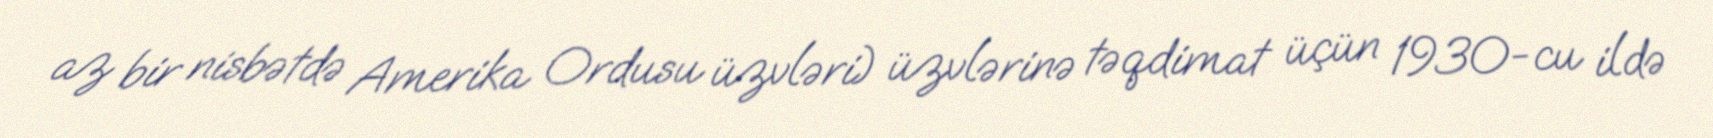
az bir nisbətdə Amerika Ordusu üzvləri) üzvlərinə təqdimat üçün 1930-cu ildə